Indian journal of veterinary science and animal husbandry - Volume 8,
Year: 1938
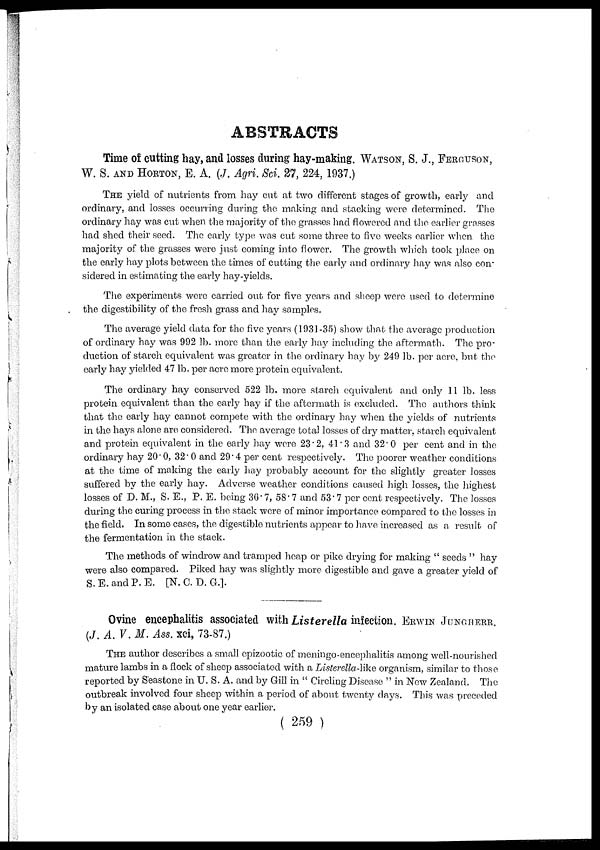
ABSTRACTS
Time of cutting hay, and losses during hay-making. WATSON, S. J., FERGUSON,
W. S. AND HORTON, E. A. (J. Agri. Sci. 27, 224, 1937.)
THE yield of nutrients from hay cut at two different stages of growth, early and
ordinary, and losses occurring during the making and stacking were determined. The
ordinary hay was cut when the majority of the grasses had flowered and the earlier grasses
had shed their seed. The early type was cut some three to five weeks earlier when the
majority of the grasses were just coming into flower. The growth which took place on
the early hay plots between the times of cutting the early and ordinary hay was also con-
sidered in estimating the early hay-yields.
The experiments were carried out for five years and sheep were used to determine
the digestibility of the fresh grass and hay samples.
The average yield data for the five years (1931-35) show that the average production
of ordinary hay was 992 lb. more than the early hay including the aftermath. The pro-
duction of starch equivalent was greater in the ordinary hay by 249 lb. per acre, but the
early hay yielded 47 lb. per acre more protein equivalent.
The ordinary hay conserved 522 lb. more starch equivalent and only 11 lb. less
protein equivalent than the early hay if the aftermath is excluded. The authors think
that the early hay cannot compete with the ordinary hay when the yields of nutrients
in the hays alone are considered. The average total losses of dry matter, starch equivalent
and protein equivalent in the early hay were 23.2, 41.3 and 32.0 per cent and in the
ordinary hay 20.0, 32.0 and 29.4 per cent respectively. The poorer weather conditions
at the time of making the early hay probably account for the slightly greater losses
suffered by the early hay. Adverse weather conditions caused high losses, the highest
losses of D. M., S. E., P. E. being 36.7, 58.7 and 53.7 per cent respectively. The losses
during the curing process in the stack were of minor importance compared to the losses in
the field. In some cases, the digestible nutrients appear to have increased as a result of
the fermentation in the stack.
The methods of windrow and tramped heap or pike drying for making " seeds " hay
were also compared. Piked hay was slightly more digestible and gave a greater yield of
S.E.and P.E. [N. C. D. G.].
Ovine encephalitis associated with Listerella infection. ERWIN JUNGHERR.
(J. A. V. M. Ass. xci, 73-87.)
THE author describes a small epizootic of meningo-encephalitis among well-nourished
mature lambs in a flock of sheep associated with a Listerella-like organism, similar to those
reported by Seastone in U. S. A. and by Gill in " Circling Disease " in New Zealand. The
outbreak involved four sheep within a period of about twenty days. This was preceded
by an isolated case about one year earlier.
( 259 )